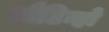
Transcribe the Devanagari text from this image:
मौटिन्हो